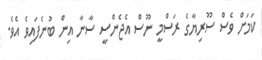
ކަމަށް ވެސް ސޫރިޔާގެ ރަސްމީ ނޫސް އެޖެންސީ ސާނާ އިން ބުނެފައިވެ އެވެ.